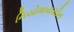
નિયોમાયસીન